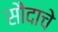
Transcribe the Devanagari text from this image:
सौदाचे